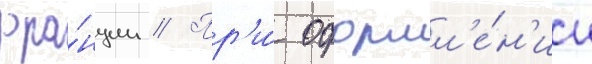
фра́нции // Пр'и́ оформл'е́н'ии